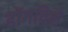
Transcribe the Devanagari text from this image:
डॉगविले